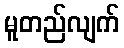
မူတည်လျက်